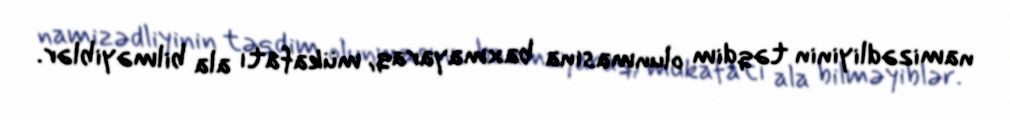
namizədliyinin təqdim olunmasına baxmayaraq, mükafatı ala bilməyiblər.